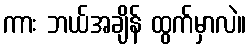
ကား ဘယ်အချိန် ထွက်မှာလဲ။